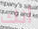
أنك